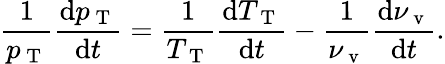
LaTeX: \frac{1}{p_{\mathrm{~T~}}}\frac{\mathrm{d}p_{\mathrm{~T~}}}{\mathrm{d}t}=\frac{1}{T_{\mathrm{~T~}}}\frac{\mathrm{d}T_{\mathrm{~T~}}}{\mathrm{d}t}-\frac{1}{\nu_{\mathrm{~v~}}}\frac{\mathrm{d}\nu_{\mathrm{~v~}}}{\mathrm{d}t}.